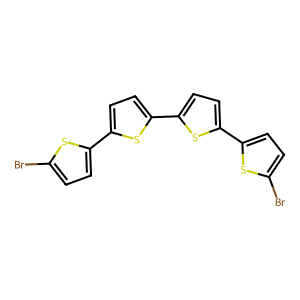
SMILES: Brc1ccc(-c2ccc(-c3ccc(-c4ccc(Br)s4)s3)s2)s1
Inhibits HIV replication: No